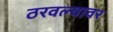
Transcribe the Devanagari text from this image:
ठरवल्यावर